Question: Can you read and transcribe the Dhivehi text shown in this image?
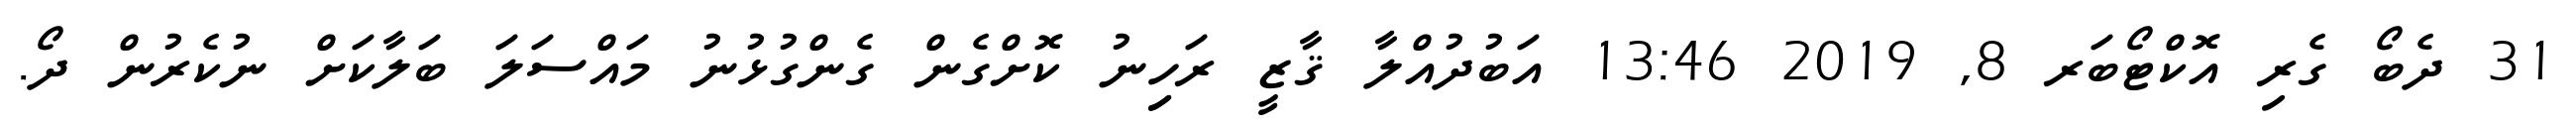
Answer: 31 ދެބޯ ގެރި އޮކްޓޯބަރ 8, 2019 13:46 އަބުދުއްލާ ޤާޒީ ރަހިިނު ކޮށްގެން ގެންގުޅުނު މައްސަލަ ބަލާކަށް ނުކެރުން ދޯ.